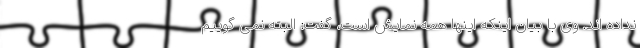
نداده اند. وی با بیان اینکه اینها همه نمایش است، گفت: البته نمی گوییم